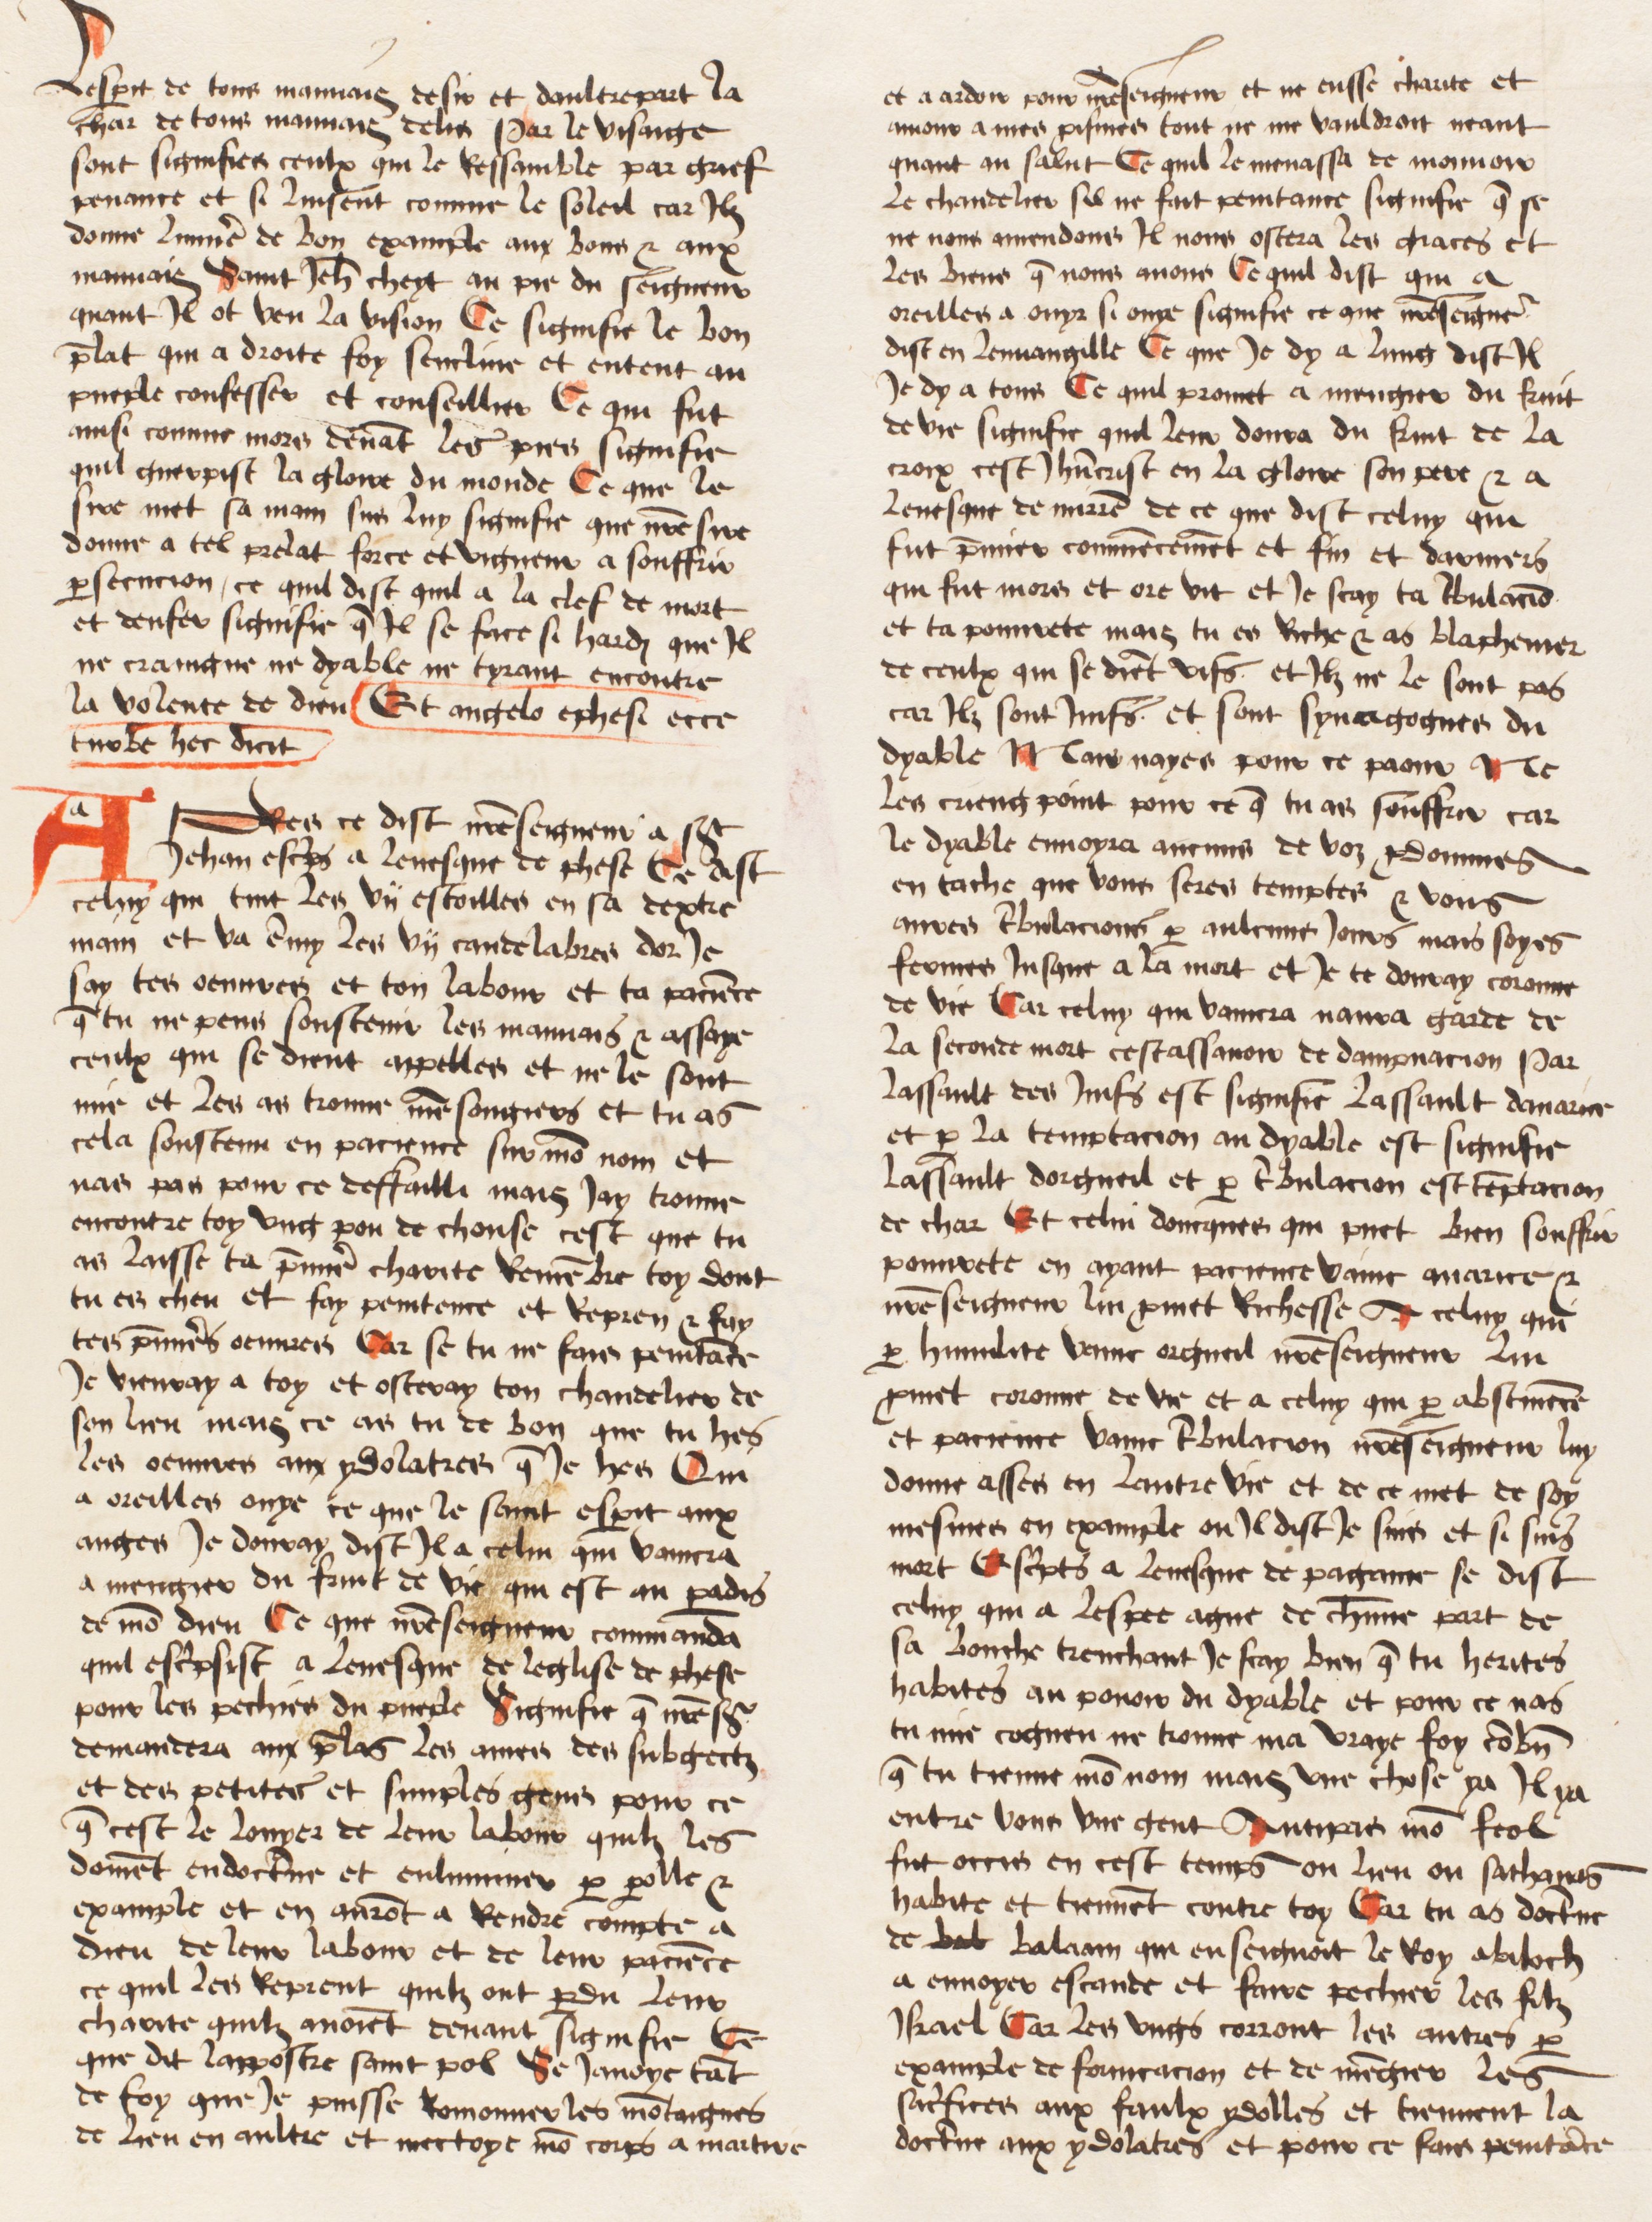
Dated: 1474–1474